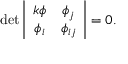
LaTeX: \operatorname * { d e t } \left| \begin{array} { c c } { { k \phi } } & { { \phi _ { j } } } \\ { { \phi _ { i } } } & { { \phi _ { i j } } } \end{array} \right| = 0 .